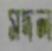
সদল